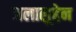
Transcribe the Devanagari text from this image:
जलालुद्देन